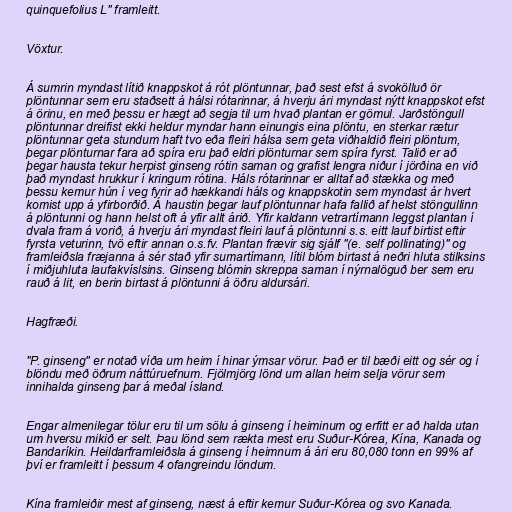
quinquefolius L" framleitt.

Vöxtur.

Á sumrin myndast lítið knappskot á rót plöntunnar, það sest efst á svokölluð ör
plöntunnar sem eru staðsett á hálsi rótarinnar, á hverju ári myndast nýtt knappskot efst
á örinu, en með þessu er hægt að segja til um hvað plantan er gömul. Jarðstöngull
plöntunnar dreifist ekki heldur myndar hann einungis eina plöntu, en sterkar rætur
plöntunnar geta stundum haft tvo eða fleiri hálsa sem geta viðhaldið fleiri plöntum,
þegar plönturnar fara að spíra eru það eldri plönturnar sem spíra fyrst. Talið er að
þegar hausta tekur herpist ginseng rótin saman og grafist lengra niður í jörðina en við
það myndast hrukkur í kringum rótina. Háls rótarinnar er alltaf að stækka og með
þessu kemur hún í veg fyrir að hækkandi háls og knappskotin sem myndast ár hvert
komist upp á yfirborðið. Á haustin þegar lauf plöntunnar hafa fallið af helst stöngullinn
á plöntunni og hann helst oft á yfir allt árið. Yfir kaldann vetrartímann leggst plantan í
dvala fram á vorið, á hverju ári myndast fleiri lauf á plöntunni s.s. eitt lauf birtist eftir
fyrsta veturinn, tvö eftir annan o.s.fv. Plantan frævir sig sjálf "(e. self pollinating)" og
framleiðsla fræjanna á sér stað yfir sumartímann, lítil blóm birtast á neðri hluta stilksins
í miðjuhluta laufakvíslsins. Ginseng blómin skreppa saman í nýrnalöguð ber sem eru
rauð á lit, en berin birtast á plöntunni á öðru aldursári.

Hagfræði.

"P. ginseng" er notað víða um heim í hinar ýmsar vörur. Það er til bæði eitt og sér og í
blöndu með öðrum náttúruefnum. Fjölmjörg lönd um allan heim selja vörur sem
innihalda ginseng þar á meðal ísland.

Engar almenilegar tölur eru til um sölu á ginseng í heiminum og erfitt er að halda utan
um hversu mikið er selt. Þau lönd sem rækta mest eru Suður-Kórea, Kína, Kanada og
Bandaríkin. Heildarframleiðsla á ginseng í heimnum á ári eru 80,080 tonn en 99% af
því er framleitt í þessum 4 ofangreindu löndum.

Kína framleiðir mest af ginseng, næst á eftir kemur Suður-Kórea og svo Kanada.